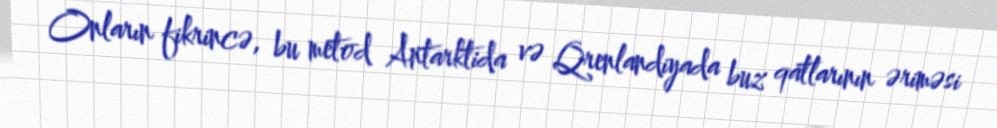
Onların fikrincə, bu metod Antarktida və Qrenlandiyada buz qatlarının əriməsi